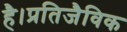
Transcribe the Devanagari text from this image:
है।प्रतिजैविक